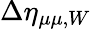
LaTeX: \Delta\eta_{\mu\mu,W}